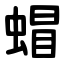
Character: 蝐